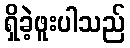
ရှိခဲ့ဖူးပါသည်